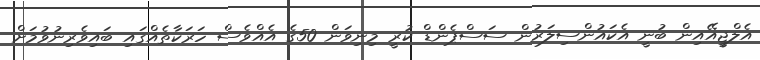
އެލްޖީއޭއިން ބުނީ އެކައުންސިލަރުން ސަސްޕެންޑް ކުރީ މިނިވަން 50ގެ އެއްވެސް ހަރަކާތެއްގައި ބައިވެރިނުވުމަށް